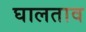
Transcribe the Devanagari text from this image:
घालताव